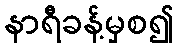
နာရီခန့်မှစ၍